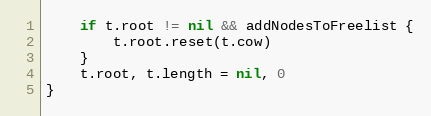
Language: Go
	if t.root != nil && addNodesToFreelist {
		t.root.reset(t.cow)
	}
	t.root, t.length = nil, 0
}